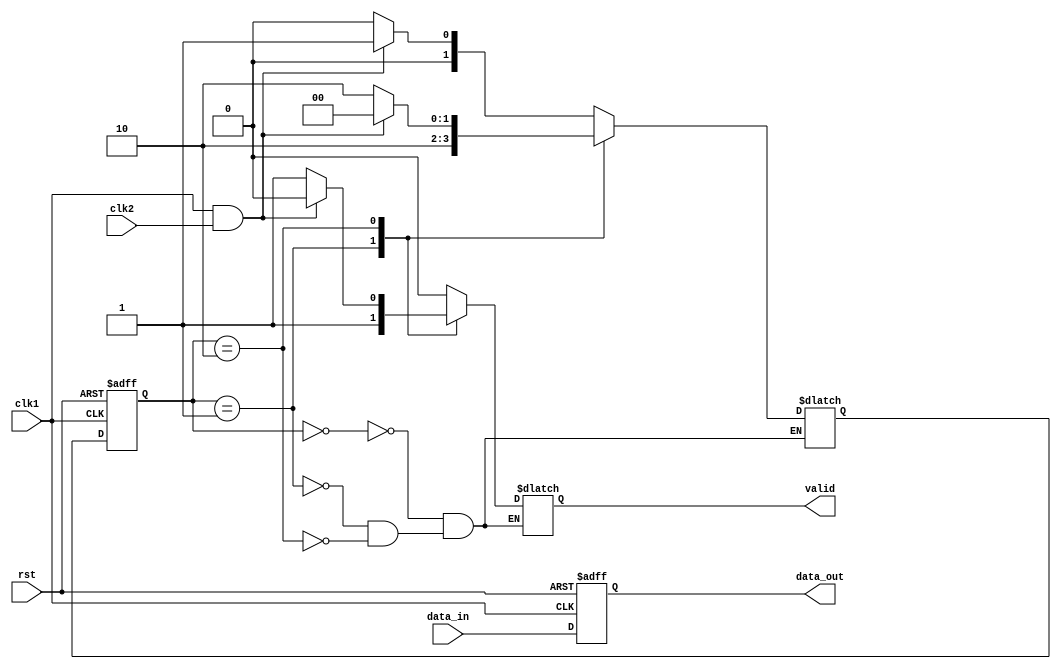
module data_synchronizer (
    input wire clk1,
    input wire clk2,
    input wire rst,
    input wire data_in,
    output wire data_out,
    output wire valid
);

reg [1:0] state;
reg [1:0] next_state;
reg synchronized_data;

always @(posedge clk1 or posedge rst) begin
    if (rst) begin
        state <= 2'b00;
        synchronized_data <= 1'b0;
    end else begin
        state <= next_state;
        synchronized_data <= data_in;
    end
end

always @(*) begin
    case (state)
        2'b00: begin // Idle state
            if (clk1 && clk2) begin
                next_state = 2'b01; // Transition to synchronization state
                valid = 1'b0;
            end else begin
                next_state = 2'b00;
                valid = 1'b0;
            end
        end
        2'b01: begin // Synchronization state
            next_state = 2'b10; // Transition to data transfer state
            valid = 1'b1;
        end
        2'b10: begin // Data transfer state
            if (clk1 && clk2) begin
                next_state = 2'b00; // Transition back to idle state
                valid = 1'b0;
            end else begin
                next_state = 2'b10;
                valid = 1'b1;
            end
        end
    endcase
end

assign data_out = synchronized_data;

endmodule